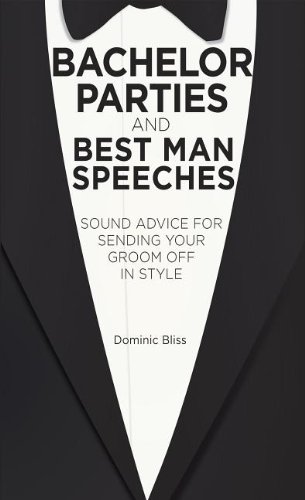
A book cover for Bachelor Parties and Speeches; Dominic Bliss; Crafts, Hobbies & Home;